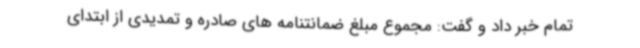
تمام خبر داد و گفت: مجموع مبلغ ضمانتنامه های صادره و تمدیدی از ابتدای